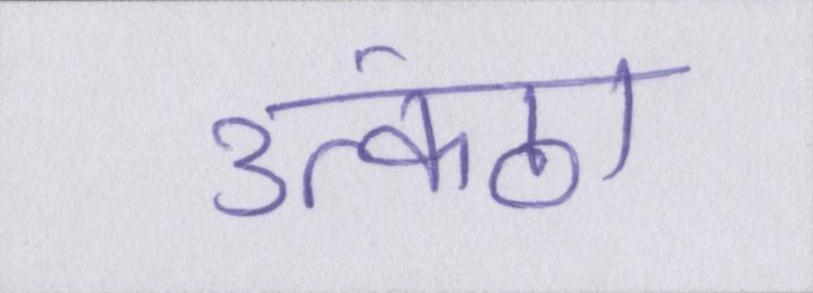
उत्कंठा